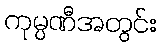
ကုမ္ပဏီအတွင်း